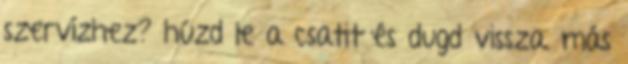
szervízhez? húzd le a csatit és dugd vissza. más